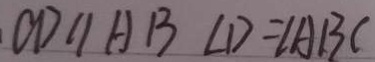
C D / / A B \angle D = \angle A B C